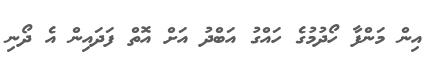
އިން މަންފާ ހޯދުމުގެ ހައްގު އަބްދު އަށް އޮތް ފަދައިން އެ ދޯނި